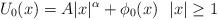
LaTeX: \begin{align*}U_0(x) = A |x|^{\alpha} + \phi_0(x) \,\, \,\, |x| \geq 1\end{align*}